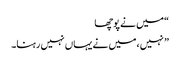
“میں نے پوچھا
” نہیں ،میں نے یہاں نہیں رہنا۔